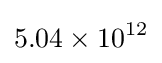
5.04\times 10^{12}